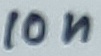
Text: 10n